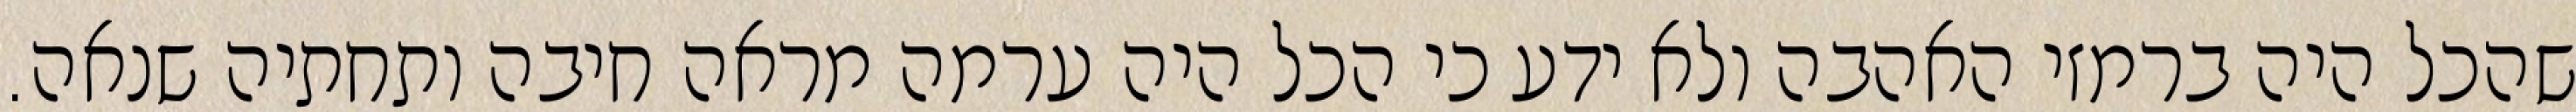
שהכל היה ברמזי האהבה ולא ידע כי הכל היה ערמה מראה חיבה ותחתיה שנאה.